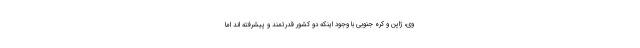
وی، ژاپن و کره جنوبی با وجود اینکه دو کشور قدرتمند و پیشرفته اند اما